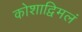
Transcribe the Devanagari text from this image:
कोशाद्विमलं